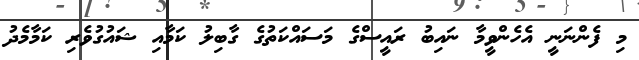
މި ފެންނަނީ އެހެންވީމާ ނައިބު ރައީސްގެ މަސައްކަތުގެ ގާބިލު ކަމާއި ޝައުގުވެރި ކަމާމެދު